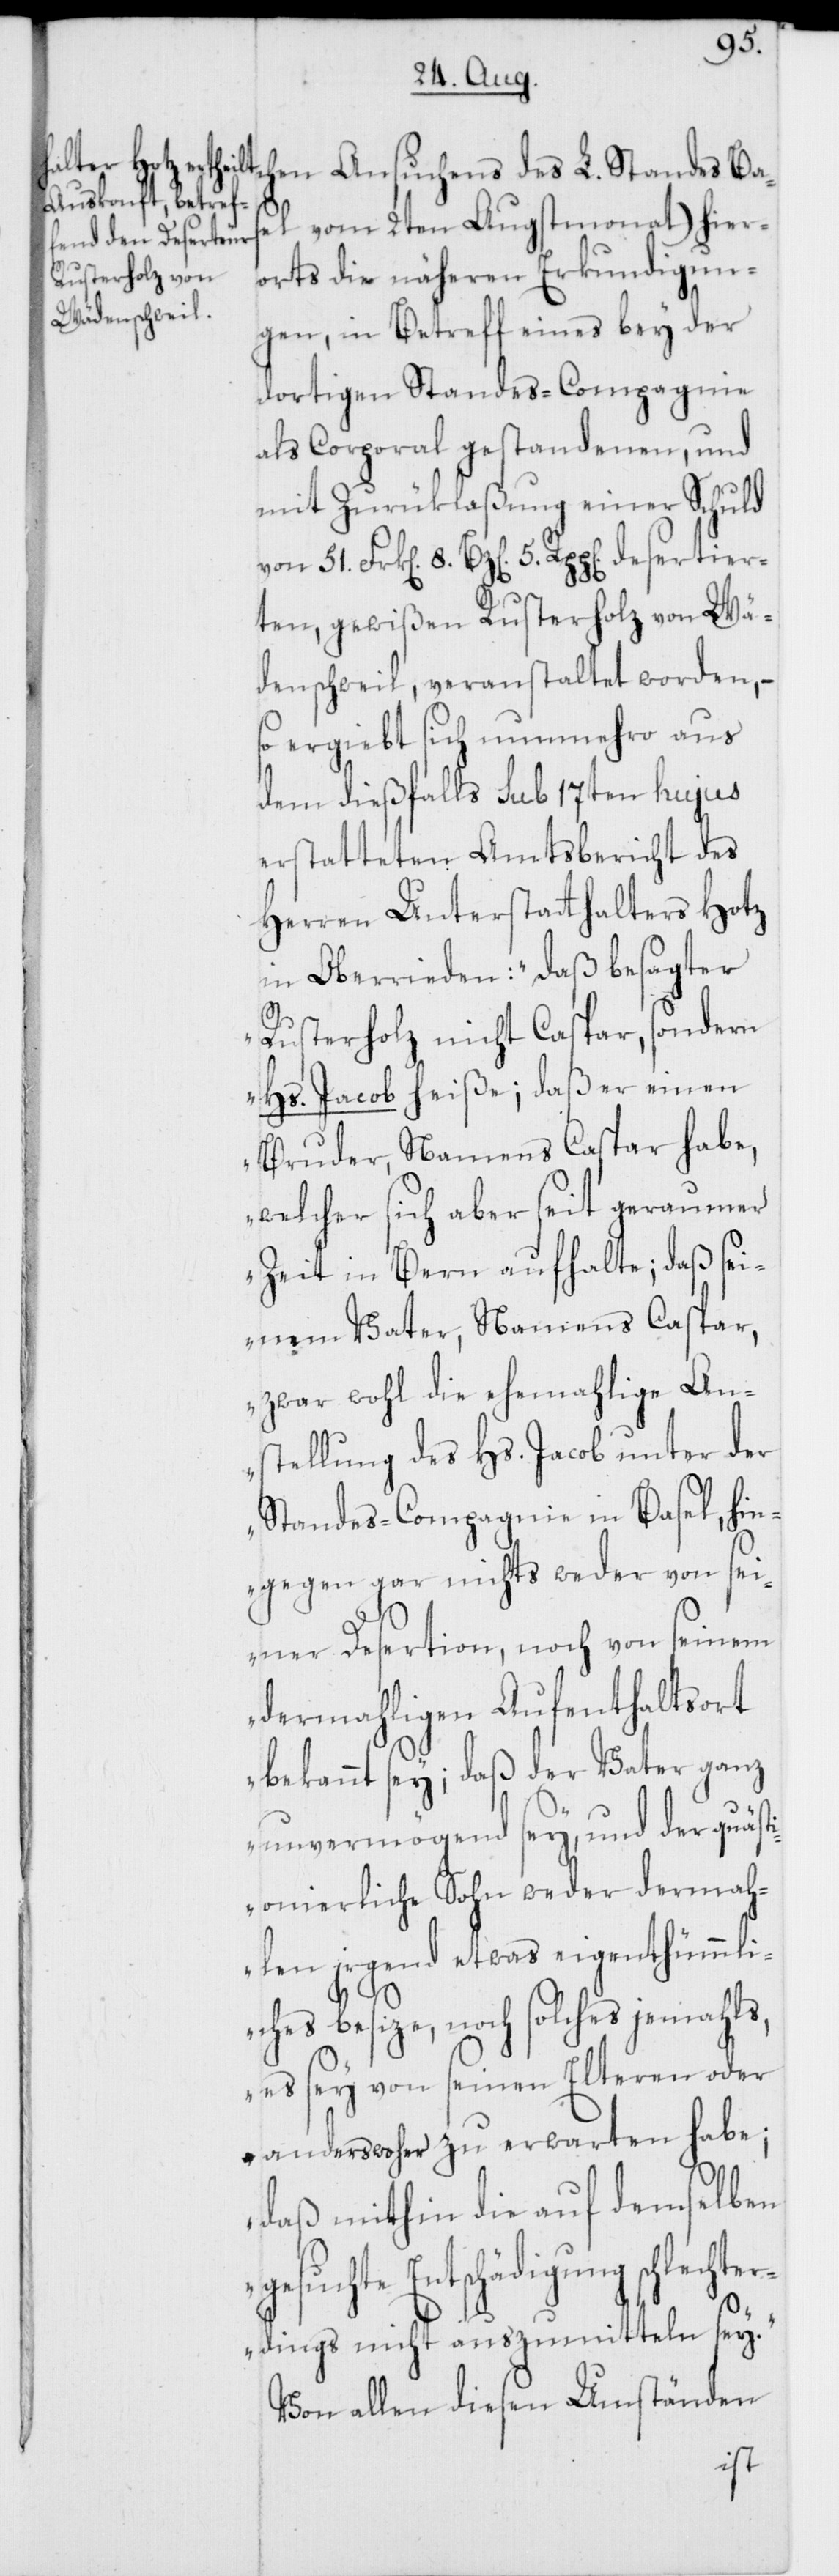
desertier¬

chen Ansuchens des L. Standes Bas¬
5.
el vom 2ten Augstmonat) hier¬
orts die näheren Erkundigun¬
gen, in Betreff eines bey der
dortigen Standes-Compagnie
als Corporal gestandenen, und
mit Zurüklaßung einer Schuld
ten, gewißen Rusterholz von Wä¬
denschweil, veranstaltet worden, –
so ergiebt sich nunmehro aus
dem dießfalls sub 17ten hujus
erstatteten Amtsbericht des
Herren Unterstatthalters Hotz
in Oberrieden: „Daß besagter
51.
Rusterholz nicht Caspar, sondern
Hs. Jacob heiße; daß er einen
Bruder Namens Caspar habe,
welcher sich aber seit geraumer
Zeit in Bern aufhalte; daß sei¬
nem Vater, Namens Caspar,
zwar wohl die ehemahlige An¬
stellung des Hs. Jacob unter der
Standes-Compagnie in Basel, hin¬
gegen gar nichts weder von sei¬
ner Desertion, noch von seinem
dermahligen Aufenthaltsort
bekannt sey; daß der Vater ganz
unvermögend sey, und der quästi¬
onierliche Sohn weder dermah¬
len irgend etwas eigenthümmli¬
ches besize, noch solches jemahls,
es sey von seinen Elteren oder
anderswoher zu erwarten habe;
daß mithin die auf demselben
gesuchte Entschädigung schlecht¬
erdings nicht auszumitteln sey.“
Von allen diesen Umständen